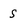
Character: S